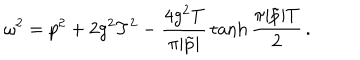
LaTeX: \omega ^ { 2 } = p ^ { 2 } + 2 g ^ { 2 } T ^ { 2 } - { \frac { 4 g ^ { 2 } T } { \pi | \tilde { p } | } } \tanh { \frac { \pi | \tilde { p } | T } { 2 } } \, .